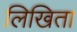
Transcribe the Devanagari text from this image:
लिखिता